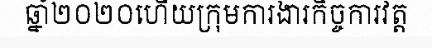
ឆ្នាំ២០២០ហើយក្រុមការងារកិច្ចការវត្ត